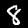
Label: 8